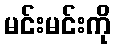
မင်းမင်းကို